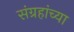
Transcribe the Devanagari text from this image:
संग्रहांच्या